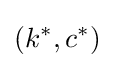
(k^{\ast },c^{\ast })